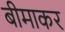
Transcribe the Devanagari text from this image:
बीमाकर